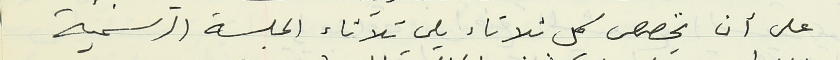
على أن يخصص كل ثلاثاء يلي ثلاثاء الجلسة الرسمية